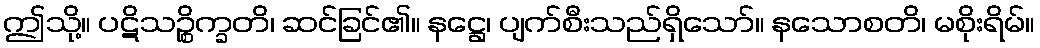
ဤသို့။ ပဋိသဉ္စိက္ခတိ၊ ဆင်ခြင်၏။ နဋ္ဌေ၊ ပျက်စီးသည်ရှိသော်။ နသောစတိ၊ မစိုးရိမ်။